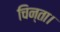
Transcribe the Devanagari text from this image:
चिन्ता।